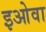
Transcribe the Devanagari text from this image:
इओवा